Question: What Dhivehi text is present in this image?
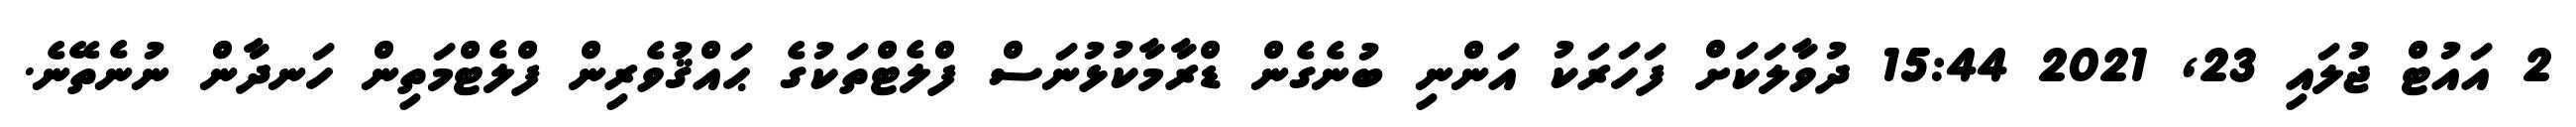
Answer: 2 އައުޓް ޖުލައި 23, 2021 15:44 ދުވާލަކަށް ފަހަރަކު އަންނި ބުނެގެން ޑްރާމާކުޅުނަސް ފްލެޓްތަކުގެ ޙައްޤުވެރިން ފްލެޓްމަތިން ހަނދާން ނުނެތޭނެ.